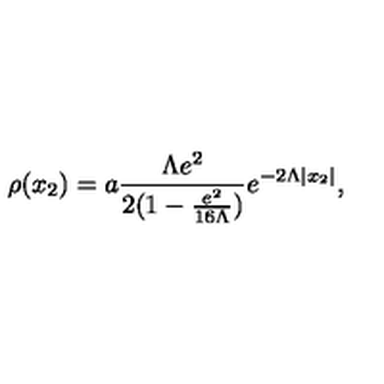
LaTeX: \rho ( x _ { 2 } ) = a \frac { \Lambda e ^ { 2 } } { 2 ( 1 - \frac { e ^ { 2 } } { 1 6 \Lambda } ) } e ^ { - 2 \Lambda | x _ { 2 } | } ,